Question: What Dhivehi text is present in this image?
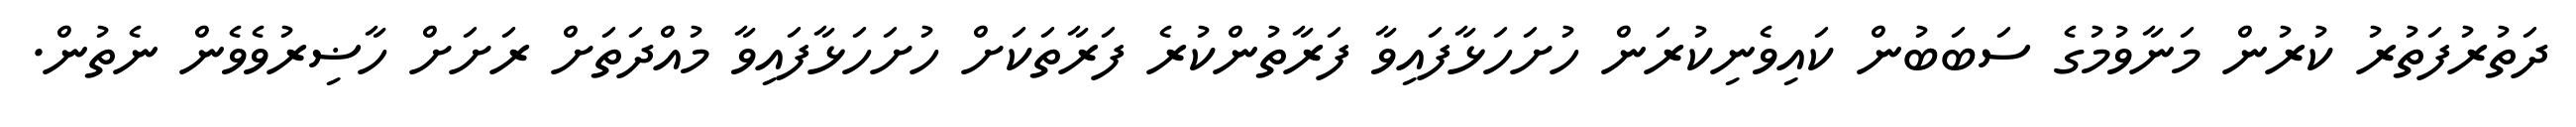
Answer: ދަތުރުފަތުރު ކުރުން މަނާވުމުގެ ސަބަބުން ކައިވެނިކުރަން ހުށަހަޅާފައިވާ ފަރާތުންކުރެ ފަރާތަކަށް ހުށަހަޅާފައިވާ މުއްދަތަށް ރަށަށް ހާޟިރުވެވެން ނެތުން.